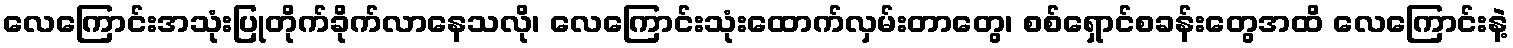
လေကြောင်းအသုံးပြုတိုက်ခိုက်လာနေသလို၊ လေကြောင်းသုံးထောက်လှမ်းတာတွေ၊ စစ်ရှောင်စခန်းတွေအထိ လေကြောင်းနဲ့